Leaving Certificate, 1932
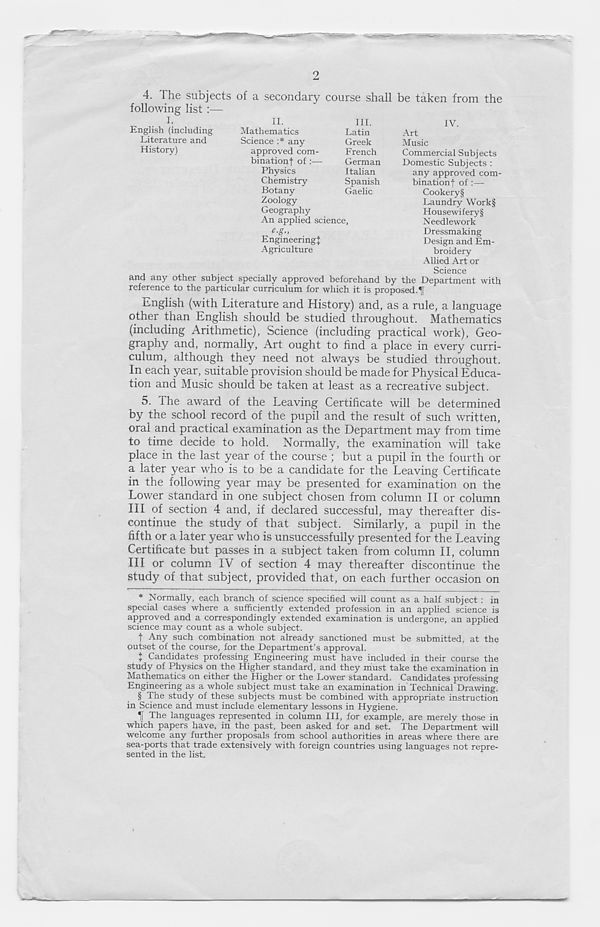
2
4. The subjects of a secondary course shall be taken from the
following list:—
I.
English (including
Literature and
History)
II.
Mathematics
Science :* any
approved com-
binationf of :—
Physics
Chemistry
Botany
Zoology
Geography
An applied science,
e.g.,
Engineering^
Agriculture
III.
Latin
Greek
French
German
Italian
Spanish
Gaelic
IV.
Art
Music
Commercial Subjects
Domestic Subjects :
any approved com-
binationf of :—
Cookery§
Laundry Work§
Housewifery§
Needlework
Dressmaking
Design and Em-
broidery
Allied Art or
Science
and any other subject specially approved beforehand by the Department with
reference to the particular curriculum for which it is proposed.^
English (with Literature and History) and, as a rule, a language
other than English should be studied throughout. Mathematics
(including Arithmetic), Science (including practical work), Geo-
graphy and, normally, Art ought to find a place in every curri-
culum, although they need not always be studied throughout.
In each year, suitable provision should be made for Physical Educa-
tion and Music should be taken at least as a recreative subject.
5. The award of the Leaving Certificate will be determined
by the school record of the pupil and the result of such written,
oral and practical examination as the Department may from time
to time decide to hold. Normally, the examination will take
place in the last year of the course ; but a pupil in the fourth or
a later year who is to be a candidate for the Leaving Certificate
in the following year may be presented for examination on the
Lower standard in one subject chosen from column II or column
III of section 4 and, if declared successful, may thereafter dis-
continue the study of that subject. Similarly, a pupil in the
fifth or a later year who is unsuccessfully presented for the Leaving
Certificate but passes in a subject taken from column II, column
III or column IV of section 4 may thereafter discontinue the
study of that subject, provided that, on each further occasion on
* Normally, each branch of science specified will count as a half subject : in
special cases where a sufficiently extended profession in an applied science is
approved and a correspondingly extended examination is undergone, an applied
science may count as a whole subject.
t Any such combination not already sanctioned must be submitted, at the
outset of the course, for the Department’s approval.
t Candidates professing Engineering must have included in their course the
study of Physics on the Higher standard, and they must take the examination in
Mathematics on either the Higher or the Lower standard. Candidates professing
Engineering as a whole subject must take an examination in Technical Drawing.
§ The study of these subjects must be combined with appropriate instruction
in Science and must include elementary lessons in Hygiene.
*1 The languages represented in column III, for example, are merely those in
which papers have, in the past, been asked for and set. The Department will
welcome any further proposals from school authorities in areas where there are
sea-ports that trade extensively with foreign countries using languages not repre-
sented in the list.